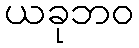
ယခုဘဝ